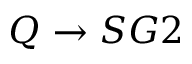
Q \rightarrow S G 2